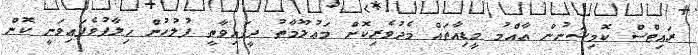
ރައިޓްސް ކޮމިޝަނުން ޢާއްމު މީޑިއާތައް މެދުވެރިކޮށް މަޢުލޫމާތު ދީފައިވާތީ ފުލުހުން ޚިލާފުވެފައިވަނީ ކޮން